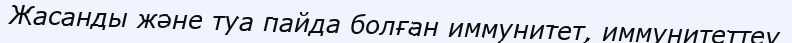
Жасанды және туа пайда болған иммунитет, иммунитеттеу